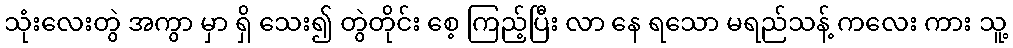
သုံးလေးတွဲ အကွာ မှာ ရှိ သေး၍ တွဲတိုင်း စေ့ ကြည့်ပြီး လာ နေ ရသော မရည်သန့် ကလေး ကား သူ့